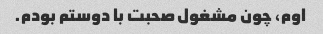
اوم، چون مشغول صحبت با دوستم بودم.